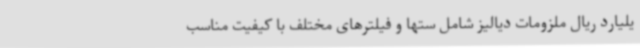
یلیارد ریال ملزومات دیالیز شامل ستها و فیلترهای مختلف با کیفیت مناسب